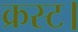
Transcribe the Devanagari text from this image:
क्रस्ट।